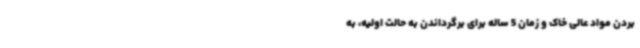
بردن مواد عالی خاک و زمان 5 ساله برای برگرداندن به حالت اولیه، به